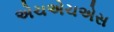
એચએચએસ